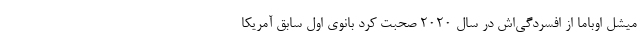
میشل اوباما از افسردگی‌اش در سال ۲۰۲۰ صحبت کرد بانوی اول سابق آمریکا